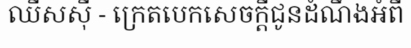
ឈីសស៊ី - ក្រេតបេកសេចក្តីជូនដំណឹងអំពី